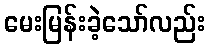
မေးမြန်းခဲ့သော်လည်း